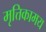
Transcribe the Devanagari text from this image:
मृत्तिकामय